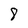
Character: 8